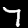
Digit: 7